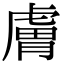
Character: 膚